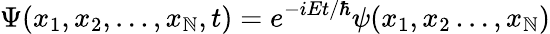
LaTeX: \Psi(x_{1},x_{2},\ldots,x_{\mathbb{N}},t)=e^{-iEt/\hbar}\psi(x_{1},x_{2}\ldots,x_{\mathbb{N}})